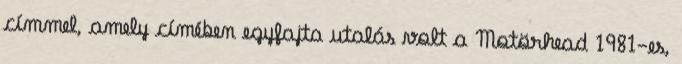
címmel, amely címében egyfajta utalás volt a Motörhead 1981-es,